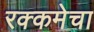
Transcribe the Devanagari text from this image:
रक्कमेचा